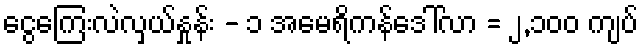
ငွေကြေးလဲလှယ်နှုန်း - ၁ အမေရိကန်ဒေါ်လာ = ၂,၁၀၀ ကျပ်